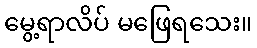
မွေ့ရာလိပ် မဖြေရသေး။